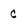
Character: c